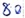
Text: 80